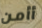
أأمن